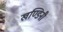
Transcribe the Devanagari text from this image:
खण्डिनी